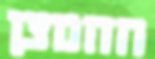
החמצן